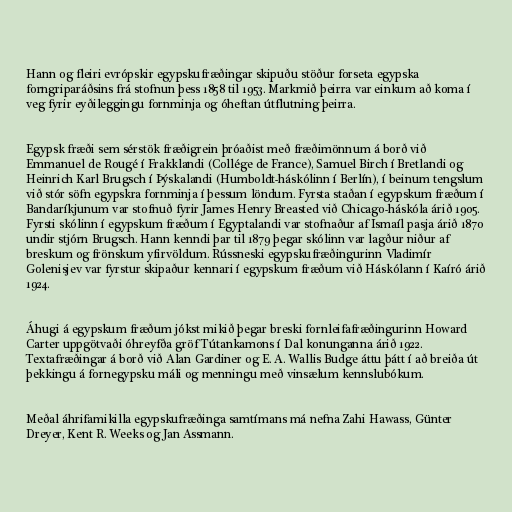
Hann og fleiri evrópskir egypskufræðingar skipuðu stöður forseta egypska
forngriparáðsins frá stofnun þess 1858 til 1953. Markmið þeirra var einkum að koma í
veg fyrir eyðileggingu fornminja og óheftan útflutning þeirra.

Egypsk fræði sem sérstök fræðigrein þróaðist með fræðimönnum á borð við
Emmanuel de Rougé í Frakklandi (Collége de France), Samuel Birch í Bretlandi og
Heinrich Karl Brugsch í Þýskalandi (Humboldt-háskólinn í Berlín), í beinum tengslum
við stór söfn egypskra fornminja í þessum löndum. Fyrsta staðan í egypskum fræðum í
Bandaríkjunum var stofnuð fyrir James Henry Breasted við Chicago-háskóla árið 1905.
Fyrsti skólinn í egypskum fræðum í Egyptalandi var stofnaður af Ismaíl pasja árið 1870
undir stjórn Brugsch. Hann kenndi þar til 1879 þegar skólinn var lagður niður af
breskum og frönskum yfirvöldum. Rússneski egypskufræðingurinn Vladimír
Golenisjev var fyrstur skipaður kennari í egypskum fræðum við Háskólann í Kaíró árið
1924.

Áhugi á egypskum fræðum jókst mikið þegar breski fornleifafræðingurinn Howard
Carter uppgötvaði óhreyfða gröf Tútankamons í Dal konunganna árið 1922.
Textafræðingar á borð við Alan Gardiner og E. A. Wallis Budge áttu þátt í að breiða út
þekkingu á fornegypsku máli og menningu með vinsælum kennslubókum.

Meðal áhrifamikilla egypskufræðinga samtímans má nefna Zahi Hawass, Günter
Dreyer, Kent R. Weeks og Jan Assmann.